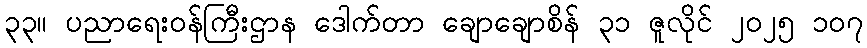
၃၃။ ပညာရေးဝန်ကြီးဌာန ဒေါက်တာ ချောချောစိန် ၃၁ ဇူလိုင် ၂၀၂၅ ၁၀၇